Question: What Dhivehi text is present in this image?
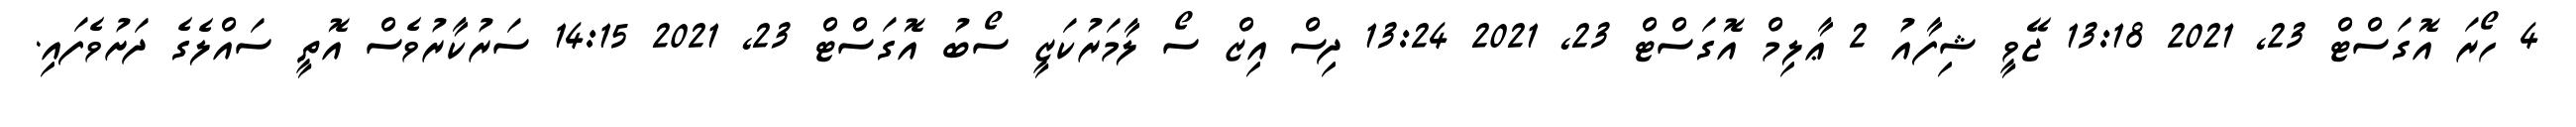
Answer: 4 ހޯރަ އޮގަސްޓް 23, 2021 13:18 ޖޭވީ ޝިފާއު 2 ޢާލިމް އޮގަސްޓް 23, 2021 13:24 ދިސް އިޒް ސޯ ލާމަރުކަޒީ ސޯބު އޮގަސްޓް 23, 2021 14:15 ސަރުކާރުވެސް އޮތީ ސައްލެގެ ދަށުވެފައި.